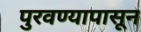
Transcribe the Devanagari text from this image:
पुरवण्यापासून